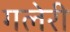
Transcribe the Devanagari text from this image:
गलेरी